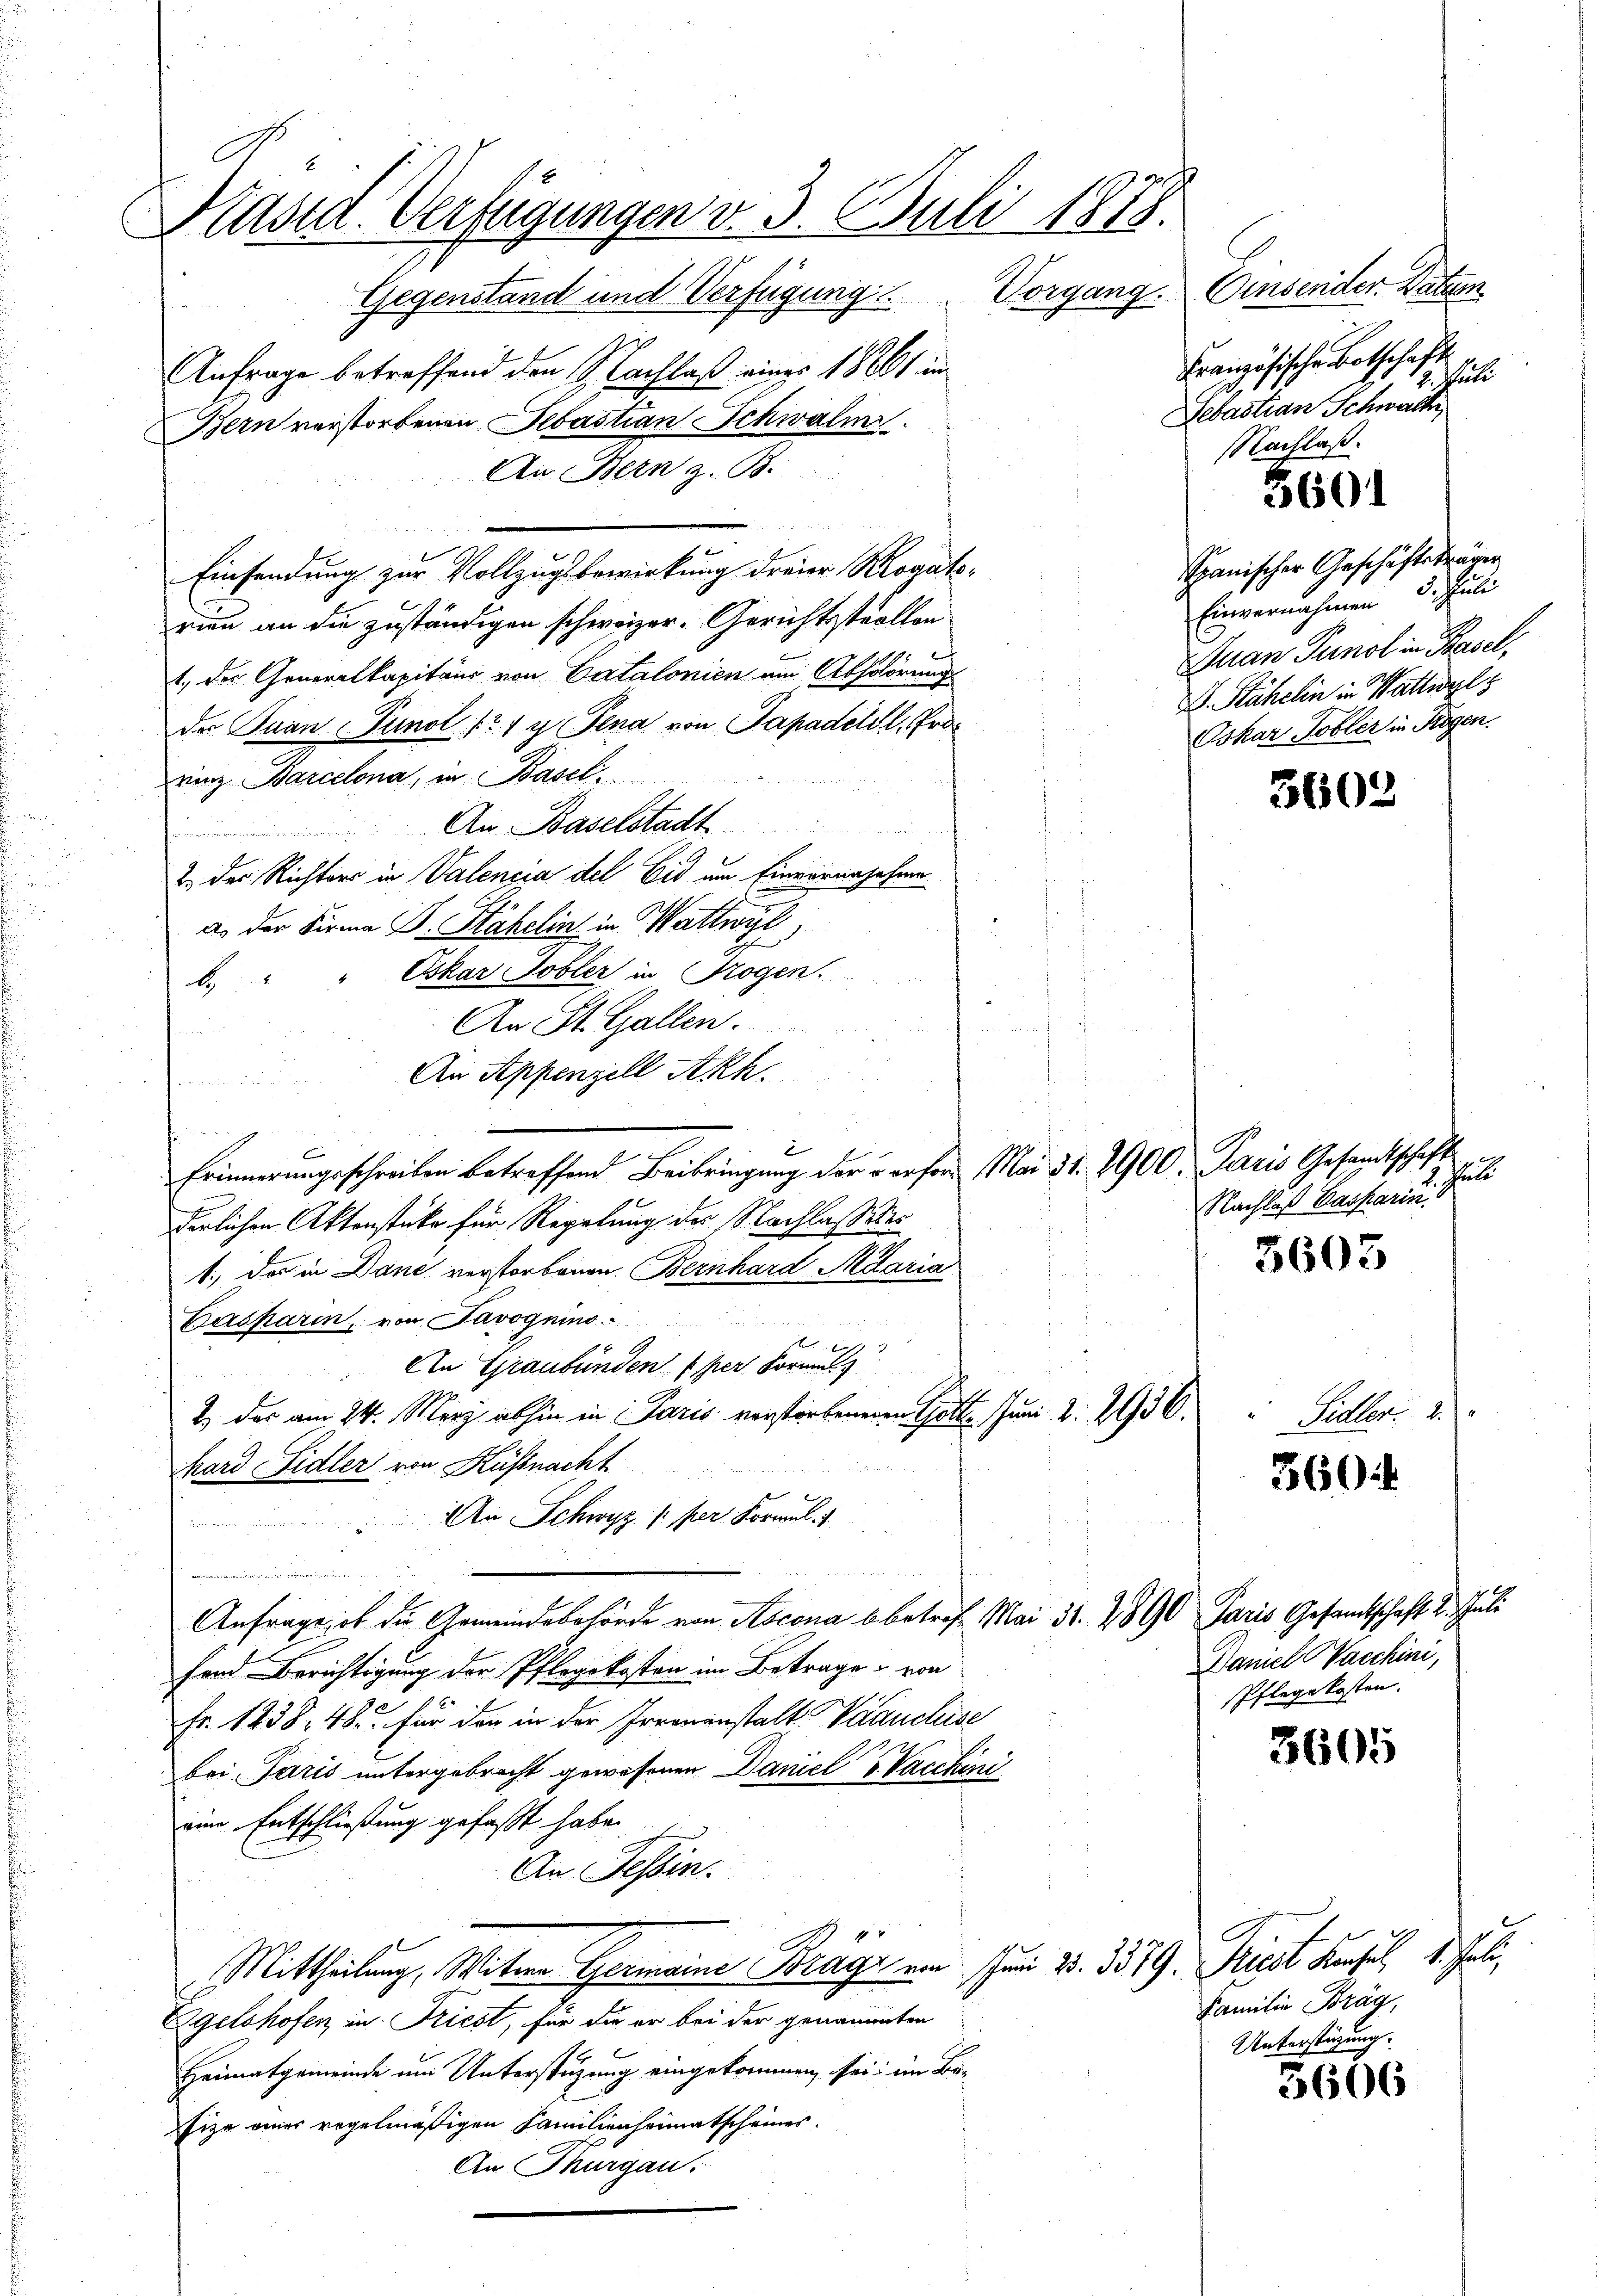
Kasta. Verfügungen v. 3. Juli 1878.
Gegenstand und Verfügung Vorgang. Einsender Datum

Anfrage betreffend den Nachlaß einer 1861 in
Bern verstorbenen Sebastian Schwalm
An Bern z. B.
u
Einsendung zur Vollzugsbewirkung dreier Rogatorien an die zuständigen schweizer. Gerichtsstrallen
1. des Generalkapitaus von Catalonien um Abschörung
der Quan Tunol (T.1 y Jena von Sapadell, Prorinz Barcelona, in Basel
An Baselstadt
.
2 der Richters in Valencia del Eid um Einverersehen
.
E
as der Firma B. Stähelin in Wattwyl,
Oskar Tobler in Trogen.
b
An St. Gallen.
s
An Appenzell Akh.
e
Erinnerungsschreiben betreffend Beibringung der verfer Mai 31. 2900. Paris Gesandtschaft
derlichen Aktenstüke für Regelung des Nachlassens
1
1.) Das in Dane verstorbenen Bernhard Maria
Casparen, von Savognino
An Graubünden per Formel
2) das am 24. März abhin in Paris verstorbeneren Gott. Juni 2. 2936.
Mard Sidler von Küssnacht
An Schwyz /: per Formul

u
Anfrage, ob die Gemeindebehörde von Ascona b. betref. Mai 31. 2890 Paris Gesandtschaft 2. Juli
fend Berichtigung der Pflegekosten im Betrage von
.
0
Fr. 1238. 48. für den in der Irrenanstalt Vaaucluise
bei Paris untergebracht gewesenen Daniel S. Vacchini
eine Entschließung gefaßt habe.
An Tessin.

Mittheilung, Witwe Germaine Frage am Juni 28. 3379. Friest Konsul 1. Juli
Zgelshofen, in Friest, für die er bei der genannten
Heimatgemeinde um Unterstüzung eingekommen sei; im Be-
fize einer regelmäßigen Familienheimatscheines.
An Thurgau.

Französische Botschaft
ele
Sebastian Schwach
NNachlaß.

3601

Spanischer Geschäftsträgen
Einvernahmen 3. Juli
Juan Tunol in Basel,
D. Stähelin in Wattwyl
Oskar Tobler in Hagen.

3603

Nachlaß Casparin

3603

3604

Saller 1

Baniel Vacchini,
Pflegekosten. |

3605

5606

Familie Brag,
Unterstützung.

1. hu